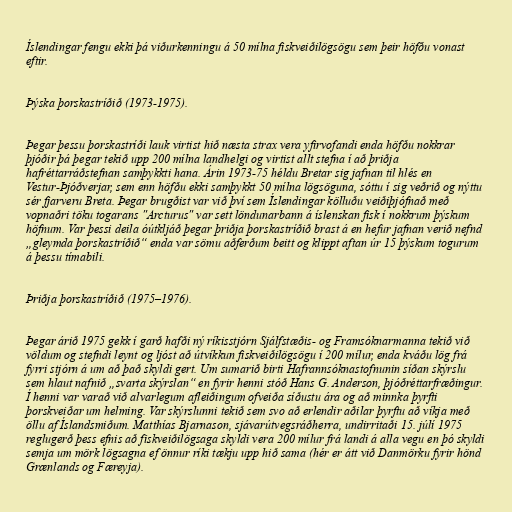
Íslendingar fengu ekki þá viðurkenningu á 50 mílna fiskveiðilögsögu sem þeir höfðu vonast
eftir.

Þýska þorskastríðið (1973-1975).

Þegar þessu þorskastríði lauk virtist hið næsta strax vera yfirvofandi enda höfðu nokkrar
þjóðir þá þegar tekið upp 200 mílna landhelgi og virtist allt stefna í að þriðja
hafréttarráðstefnan samþykkti hana. Árin 1973-75 héldu Bretar sig jafnan til hlés en
Vestur-Þjóðverjar, sem enn höfðu ekki samþykkt 50 mílna lögsöguna, sóttu í sig veðrið og nýttu
sér fjarveru Breta. Þegar brugðist var við því sem Íslendingar kölluðu veiðiþjófnað með
vopnaðri töku togarans "Arcturus" var sett löndunarbann á íslenskan fisk í nokkrum þýskum
höfnum. Var þessi deila óútkljáð þegar þriðja þorskastríðið brast á en hefur jafnan verið nefnd
„gleymda þorskastríðið“ enda var sömu aðferðum beitt og klippt aftan úr 15 þýskum togurum
á þessu tímabili.

Þriðja þorskastríðið (1975–1976).

Þegar árið 1975 gekk í garð hafði ný ríkisstjórn Sjálfstæðis- og Framsóknarmanna tekið við
völdum og stefndi leynt og ljóst að útvíkkun fiskveiðilögsögu í 200 mílur, enda kváðu lög frá
fyrri stjórn á um að það skyldi gert. Um sumarið birti Hafrannsóknastofnunin síðan skýrslu
sem hlaut nafnið „svarta skýrslan“ en fyrir henni stóð Hans G. Anderson, þjóðréttarfræðingur.
Í henni var varað við alvarlegum afleiðingum ofveiða síðustu ára og að minnka þyrfti
þorskveiðar um helming. Var skýrslunni tekið sem svo að erlendir aðilar þyrftu að víkja með
öllu af Íslandsmiðum. Matthías Bjarnason, sjávarútvegsráðherra, undirritaði 15. júlí 1975
reglugerð þess efnis að fiskveiðilögsaga skyldi vera 200 mílur frá landi á alla vegu en þó skyldi
semja um mörk lögsagna ef önnur ríki tækju upp hið sama (hér er átt við Danmörku fyrir hönd
Grænlands og Færeyja).